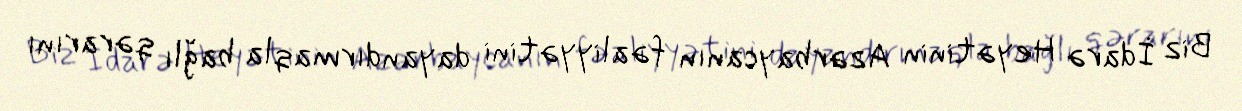
Biz İdarə Heyətinin Azərbaycanın fəaliyyətini dayandırmaqla bağlı qərarını